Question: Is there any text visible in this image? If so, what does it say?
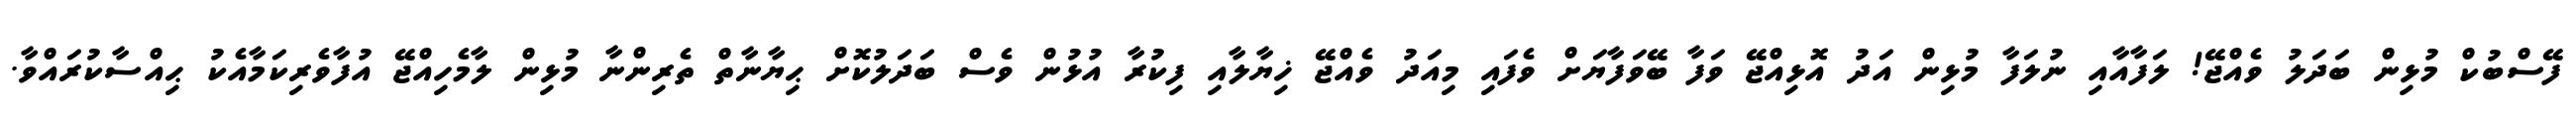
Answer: ފޭސްބުކް މުޅިން ބަދަލު ވެއްޖޭ! ލަފާއާއި ނުލަފާ މުޅިން އަދު އޮޅިއްޖޭ ވަފާ ބޭވަފާޔަށް ވެފައި މިއަދު ވެއްޖޭ ޚިޔާލާއި ފިކުރާ އުޅުން ވެސް ބަދަލުކޮށް ޙިޔާނާތް ތެރިންނާ މުޅިން ލާމެހިއްޖޭ އުފާވެރިކަމާއެކު ޙިއްސާކުރައްވާ.